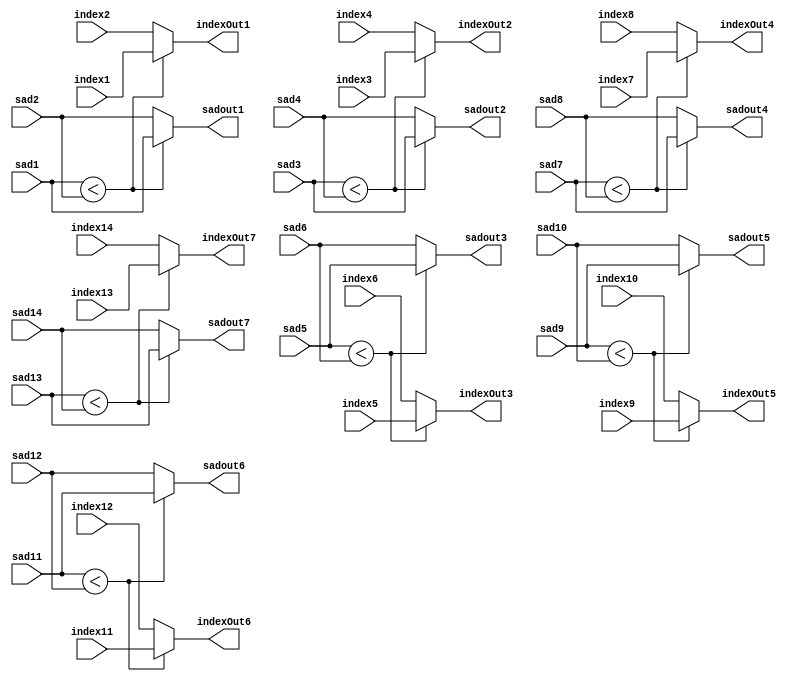
`timescale 1ns / 1ps
//////////////////////////////////////////////////////////////////////////////////
// Company: 
// Engineer: 
// 
// Design Name: 
// Module Name: SADCompare
// Project Name: 
// Target Devices: 
// Tool Versions: 
// Description: 
// 
// Dependencies: 
// 
// Revision:
// Revision 0.01 - File Created
// Additional Comments:
// 
//////////////////////////////////////////////////////////////////////////////////


module SADCompare14x7(sad1, sad2, sad3, sad4, sad5, sad6, sad7, sad8, sad9, sad10, sad11, sad12, sad13, sad14,
    index1, index2, index3, index4, index5, index6, index7, index8, index9, index10, index11, index12, index13, index14, 
    sadout1, sadout2, sadout3, sadout4, sadout5, sadout6, sadout7, 
    indexOut1, indexOut2, indexOut3, indexOut4, indexOut5, indexOut6, indexOut7);

    input [31:0] sad1, sad2, sad3, sad4, sad5, sad6, sad7, sad8, sad9, sad10, sad11, sad12, sad13, sad14,
    index1, index2, index3, index4, index5, index6, index7, index8, index9, index10, index11, index12, index13,index14;

    
    reg [31:0]indexout;
    reg [6:0] i;
    reg signed [31:0] indextemp, indexCoorCalc;
    output reg [31:0] sadout1, sadout2, sadout3, sadout4, sadout5, sadout6, sadout7, 
                      indexOut1, indexOut2, indexOut3, indexOut4, indexOut5, indexOut6, indexOut7;
   
  
    
    
    always @ (sad1, sad2, sad3, sad4, sad5, sad6, sad7, sad8, sad9, sad10, sad11, sad12, sad13, sad14) begin
    

        if (sad1 < sad2)begin
            sadout1 <= sad1;
            indexOut1 <= index1;
        end
        else begin
            sadout1 <= sad2;
            indexOut1 <= index2;
        end
        
        if (sad3 < sad4)begin
            sadout2 <= sad3;
            indexOut2 <= index3;
        end
        else begin
            sadout2 <= sad4;
            indexOut2 <= index4;
        end
        
        if (sad5 < sad6)begin
            sadout3 <= sad5;
            indexOut3 <= index5;
        end
        else begin
            sadout3 <= sad6;
            indexOut3 <= index6;
        end
        
        if (sad7 < sad8)begin
            sadout4 <= sad7;
            indexOut4 <= index7;
        end
        else begin
            sadout4 <= sad8;
            indexOut4 <= index8;
        end
        
        if (sad9 < sad10)begin
            sadout5 <= sad9;
            indexOut5 <= index9;
        end
        else begin
            sadout5 <= sad10;
            indexOut5 <= index10;
        end
        
        if (sad11 < sad12)begin
            sadout6 <= sad11;
            indexOut6 <= index11;
        end
        else begin
            sadout6 <= sad12;
            indexOut6 <= index12;
        end
        
        if (sad13 < sad14)begin
            sadout7 <= sad13;
            indexOut7 <= index13;
        end
        else begin
            sadout7 <= sad14;
            indexOut7 <= index14;
        end

    end


endmodule